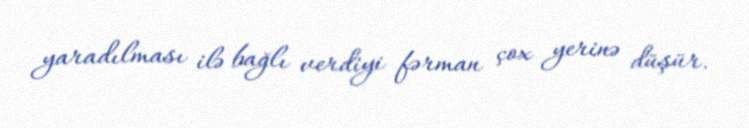
yaradılması ilə bağlı verdiyi fərman çox yerinə düşür.